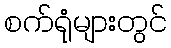
စက်ရုံများတွင်